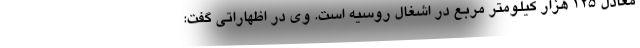
معادل ۱۲۵ هزار کیلومتر مربع در اشغال روسیه است. وی در اظهاراتی گفت: